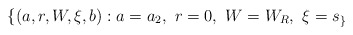
\begin{align*} \{(a,r,W,\xi,b): a=a_2, \ r=0, \ W=W_R, \ \xi=s_ \}\end{align*}